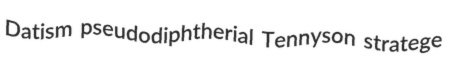
Datism pseudodiphtherial Tennyson stratege